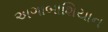
અગાબાશિયાન